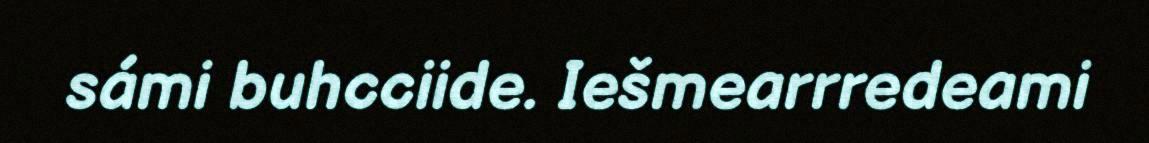
sámi buhcciide. Iešmearrredeami